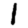
Digit: 1